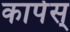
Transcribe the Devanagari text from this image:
कार्पस्